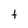
Character: t